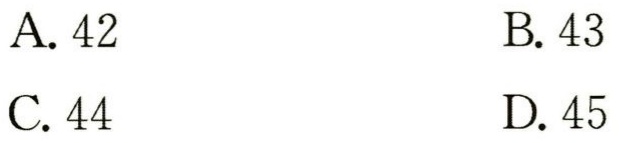
A. 42
B. 43
C. 44
D. 45